Investigations on Bengal jail dietaries - Number 37
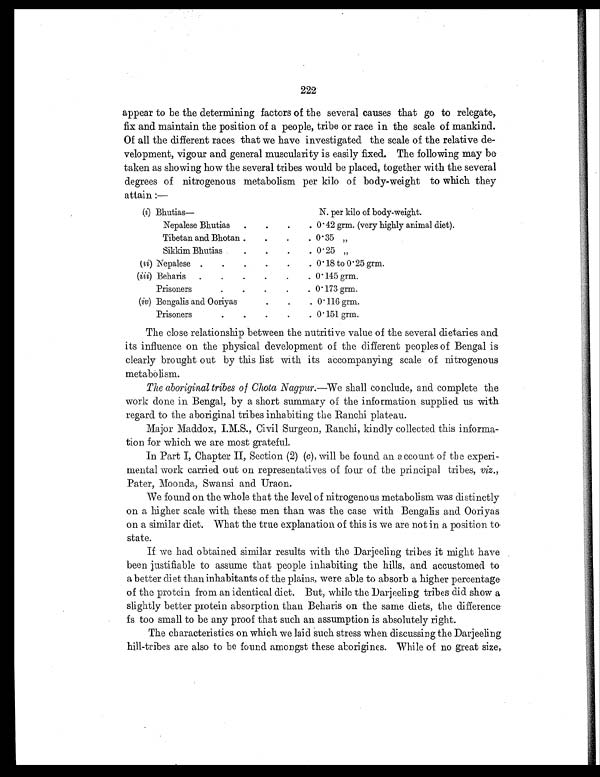
222
appear to be the determining factors of the several causes that go to relegate,
fix and maintain the position of a people, tribe or race in the scale of mankind.
Of all the different races that we have investigated the scale of the relative de-
velopment, vigour and general muscularity is easily fixed. The following may be
taken as showing how the several tribes would be placed, together with the several
degrees of nitrogenous metabolism per kilo of body-weight to which they
attain:—
(i) Bhutias—
N. per kilo of body-weight.
Nepalese Bhutias
.
.
.
. 0.42 grm. (very highly animal diet).
Tibetan and Bhotan .
.
.
. 0.35 „
Sikkim Bhutias
.
.
.
. 0.25 „
(ii) Nepalese .
.
.
.
.
. 0.18 to 0.25 grm.
(iii) Beharis
.
.
.
.
.
. 0.145 grm.
Prisoners
.
.
.
.
. 0.173 grm.
(iv) Bengalis and Ooriyas
.
.
. 0.116 grm.
Prisoners
.
.
.
.
. 0.151 grm.
The close relationship between the nutritive value of the several dietaries and
its influence on the physical development of the different peoples of Bengal is
clearly brought out by this list with its accompanying scale of nitrogenous
metabolism.
The aboriginal tribes of Chota Nagpur. —We shall conclude, and complete the
work done in Bengal, by a short summary of the information supplied us with
regard to the aboriginal tribes inhabiting the Ranchi plateau.
Major Maddox, I.M.S., Civil Surgeon, Ranchi, kindly collected this informa-
tion for which we are most grateful.
In Part I, Chapter II, Section (2) ( c), will be found an account of the experi
-mental work carried out on representatives of four of the principal tribes, viz.,
Pater, Moonda, Swansi and Uraon.
We found on the whole that the level of nitrogenous metabolism was distinctly
on a higher scale with these men than was the case with Bengalis and Ooriyas
on a similar diet. What the true explanation of this is we are not in a position to
state.
If we had obtained similar results with the Darjeeling tribes it might have
been justifiable to assume that people inhabiting the hills, and accustomed to
a better diet than inhabitants of the plains, were able to absorb a higher percentage
of the protein from an identical diet. But, while the Darjeeling tribes did show a
slightly better protein absorption than Beharis on the same diets, the difference
fs too small to be any proof that such an assumption is absolutely right.
The characteristics on which we laid such stress when discussing the Darjeeling
hill-tribes are also to be found amongst these aborigines. While of no great size,